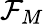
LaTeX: \mathcal{F}_{M}